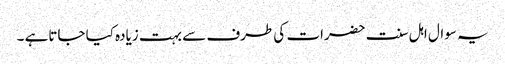
یہ سوال اہل سنت حضرات کی طرف سے بہت زیادہ کیا جاتاہے ۔